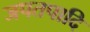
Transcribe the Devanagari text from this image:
जपतपादि